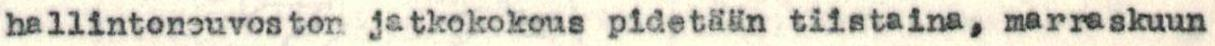
hallintoneuvoston jatkokokous pidetään tiistaina, marraskuun